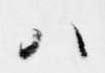
ハ